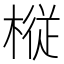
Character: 𫞋